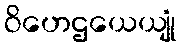
ဝိဟေဌယေယျုံ